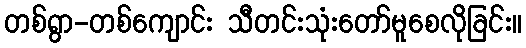
တစ်ရွာ-တစ်ကျောင်း သီတင်းသုံးတော်မူစေလိုခြင်း။